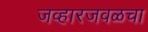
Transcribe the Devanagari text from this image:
जव्हारजवळचा